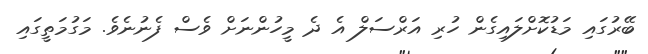
ބޭރުގައި މަޑުކޮށްލައިގެން ހުރި އަރްސަލް އެ ދެ މީހުންނަށް ވެސް ފެނުނެވެ. މަގުމަތީގައި